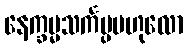
နေက္ခမ္မသင်္ကပ္ပဗဟုလော